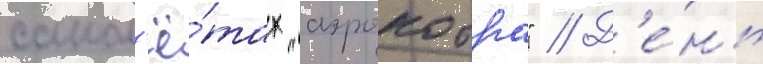
самол'ё́тах "аэрокобра" // Д'е́нь